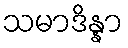
သမာဒိန္နာ